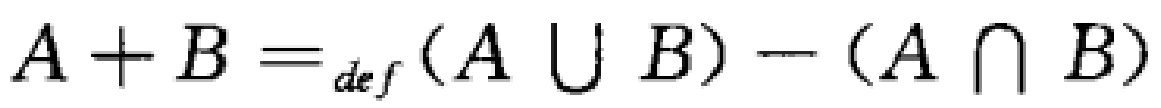
\(A + B =_{def} (A \cup B) - (A \cap B)\)